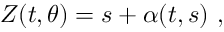
Z ( t , \theta ) = s + \alpha ( t , s ) \ ,